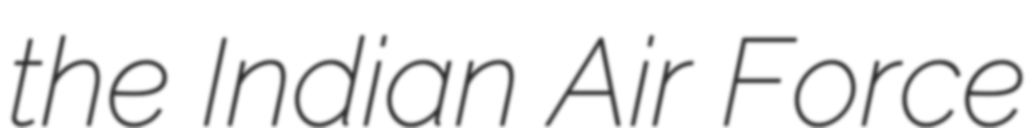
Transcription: the Indian Air Force